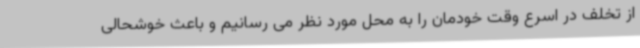
از تخلف در اسرع وقت خودمان را به محل مورد نظر می رسانیم و باعث خوشحالی